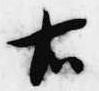
右